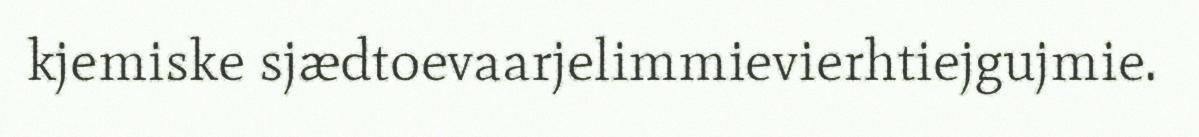
kjemiske sjædtoevaarjelimmievierhtiejgujmie.